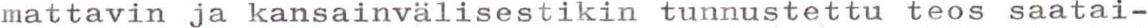
mattavin ja kansainvälisestikin tunnustettu teos saatai-